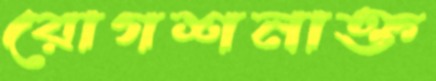
রোগশনাক্ত